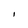
Character: I